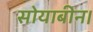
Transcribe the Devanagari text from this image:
सोयाबीन।